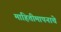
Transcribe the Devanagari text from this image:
माहितीमापनाचे